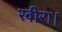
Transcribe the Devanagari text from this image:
खीरा।